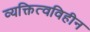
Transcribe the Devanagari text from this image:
व्यक्तित्वविहीन